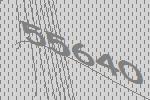
55640